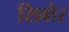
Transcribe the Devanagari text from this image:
सिबोर